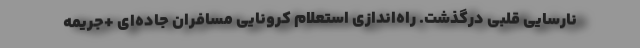
نارسایی قلبی درگذشت. راه‌اندازی استعلام کرونایی مسافران جاده‌ای +جریمه